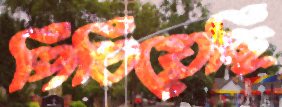
পিষিয়েছি